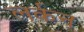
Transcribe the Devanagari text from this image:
लर्कन